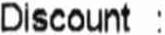
DISCOUNT :